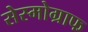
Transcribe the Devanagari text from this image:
सेस्मोग्राफ